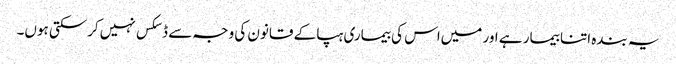
یہ بندہ اتنا بیمار ہے اور میں‌اس کی بیماری ہپا کے قانون کی وجہ سے ڈسکس نہیں‌کرسکتی ہوں۔